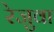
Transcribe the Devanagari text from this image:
रेजुवा